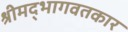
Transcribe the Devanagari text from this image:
श्रीमद्‌भागवतकार